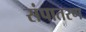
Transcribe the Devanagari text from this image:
संपातरण